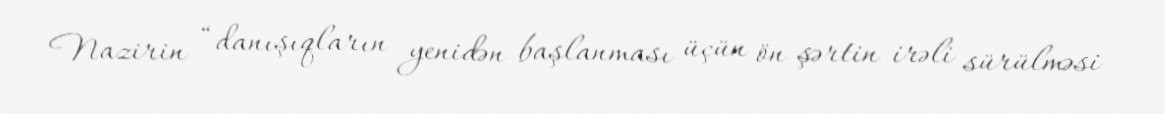
Nazirin “danışıqların yenidən başlanması üçün ön şərtin irəli sürülməsi